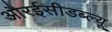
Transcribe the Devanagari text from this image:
औरईसीडब्ल्यू